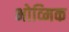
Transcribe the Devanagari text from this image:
भोव्मिक